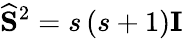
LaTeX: \widehat{\mathbf{S}}^{2}=s\left(s+1\right)\mathbf{I}